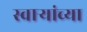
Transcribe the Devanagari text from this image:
स्वाऱ्यांच्या